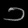
Digit: ၁